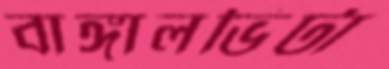
বাঙ্গালভিটা